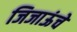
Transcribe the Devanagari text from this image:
जिजाऊंचे